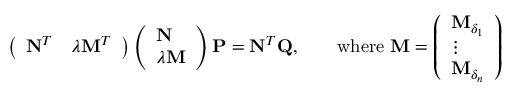
\left( \begin{array} { l l } { \mathbf { N } ^ { T } } & { \lambda \mathbf { M } ^ { T } } \end{array} \right) \left( \begin{array} { l } { \mathbf { N } } \\ { \lambda \mathbf { M } } \end{array} \right) \mathbf { P } = \mathbf { N } ^ { T } \mathbf { Q } , \qquad \mathrm { w h e r e ~ } \mathbf { M } = \left( \begin{array} { l } { \mathbf { M } _ { \delta _ { 1 } } } \\ { \vdots } \\ { \mathbf { M } _ { \delta _ { n } } } \end{array} \right)